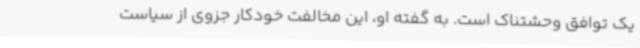
یک توافق وحشتناک است. به گفته او، این مخالفت خودکار جزوی از سیاست